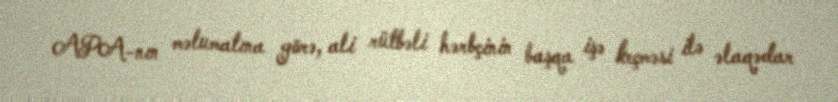
APA-nın məlumatına görə, ali rütbəli hərbçinin başqa işə keçməsi ilə əlaqədar